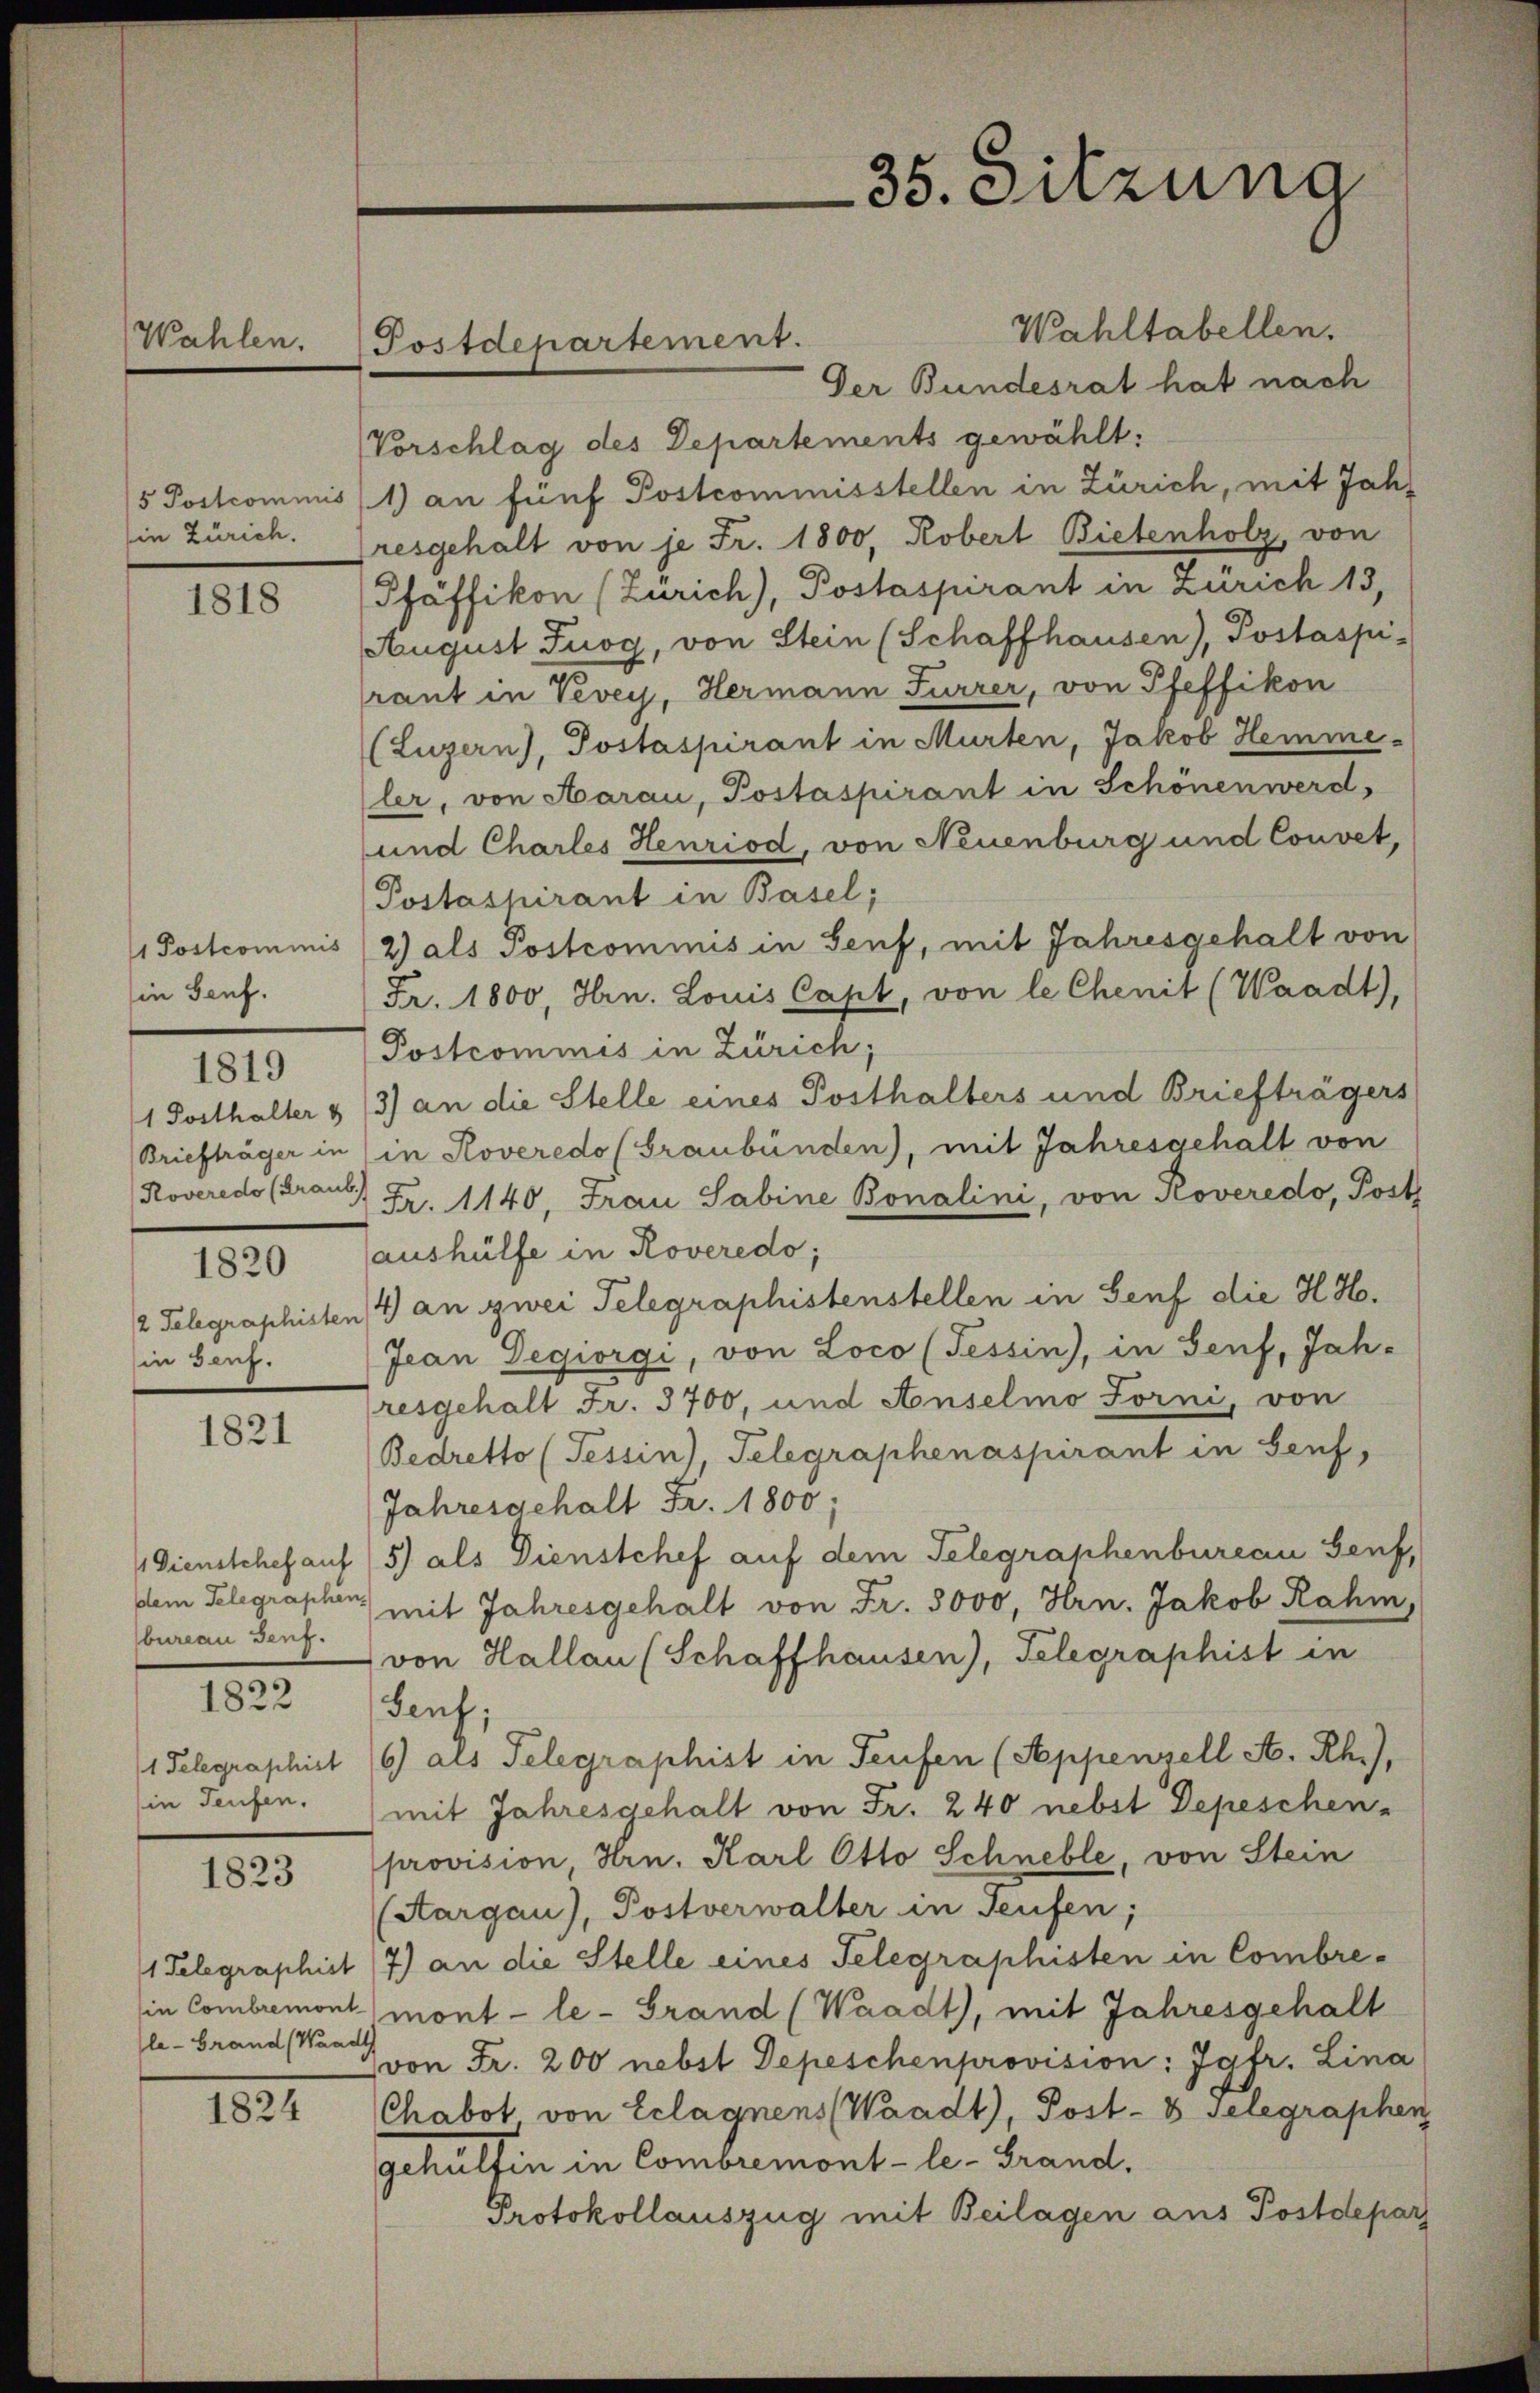
Wahlen.

Ein Zürich.

1818

in Genf.
1819

1820

in Genf.

1821

bureau denz.

1822

in Teufen.

1823

le - Grand (Waadt

1824

Postdepartement.

Wahltabellen.
Der Bundesrat hat nach
Vorschlag des Departements gewählt:
5 Postcommis / 1) an fünf Postcommisstellen in Zürich, mit Jahresgehalt von je Fr. 1800, Robert Bietenholz, von
Pfäffikon (Zürich), Postaspirant in Zürich 13,
August Tuog, von Stein (Schaffhausen), Postaspi-
rant in Vevey, Hermann Furrer, von Pfeffikon
(Luzern), Postaspirant in Murten, Jakob Hemme-
ler, von Aarau, Postaspirant in Schönen werd
und Chartes Henriod, von Neuenburg und Convet,
Postaspirant in Basel;
 Postcommis (2) als Postcommis in Senf, mit Jahresgehalt von
Fr. 1800, Hrn. Louis Capt, von le Chenit (Waadt),
Postcommis in Zürich;
1 Posthalter & 13) an die Stelle eines Posthalters und Briefträgers
Briefträger in (in Roveredo (Graubünden), mit Jahresgehalt von
Roveredo (Frau Fr. 1140, Frau Sabine Bonalini, von Roveredo, Post
aushülfe in Roveredo,
2 Telegraphisten/4) an zwei Telegraphistenstellen in Senf die H. Ho¬
Jean Degiorgi, von Loco (Tessin, in Genf, Jah-
resgehalt Fr. 3700, und Anselmo Forni, von
Bedretto (Tessin, Telegraphenaspirant in Genf,
Jahresgehalt Fr. 1800;
/ Dienstchef auf (5) als Dienstchef auf dem Telegraphenbureau Genf,
sdem Telegraphen, mit Jahresgehalt von Fr. 3000, Hrn. Jakob Rahm,
von Hallau (Schaffhausen), Telegraphist in
Senf,
1 Telegraphirt 16) als Telegraphist in Teufen (Appenzell A. Rh.),
mit Jahresgehalt von Fr. 240 nebst Depeschen-
provision, Hrn. Karl Otto Schneble, von Stein
(Aargau), Postverwalter in Teufen;
1 Telegraphist (7) an die Stelle eines Telegraphisten in Combrein Combremont mont - le - Grand (Waadt, mit Jahresgehalt
von Fr. 200 nebst Depeschenprovision: Jgfr. Lina
Chabot von Eclagnens (Waadt, Post- & Gelegraphen
gehülfen in Combremont-le-Grand.
Protokollauszug mit Beilagen aus Postdepar

35. Sitzung